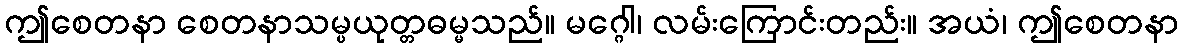
ဤစေတနာ စေတနာသမ္ပယုတ္တဓမ္မသည်။ မဂ္ဂေါ၊ လမ်းကြောင်းတည်း။ အယံ၊ ဤစေတနာ